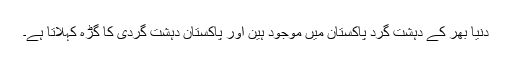
دنیا بھر کے دہشت گرد پاکستان میں موجود ہین اور پاکستان دہشت گردی کا گڑہ کہلاتا ہے۔